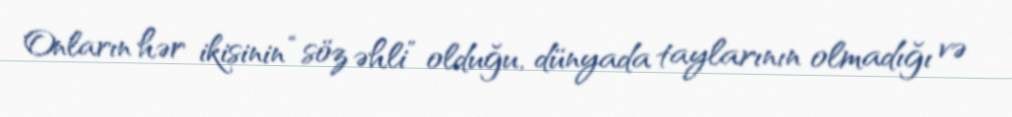
Onların hər ikisinin “söz əhli” olduğu, dünyada taylarının olmadığı və